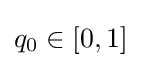
q_{0}\in [0,1]